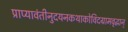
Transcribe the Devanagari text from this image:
प्राप्यावंतीनुदयनकथाकोविदग्रामवृद्धान्